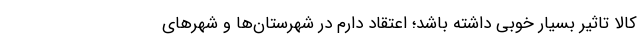
کالا تاثیر بسیار خوبی داشته باشد؛ اعتقاد دارم در شهرستان‌ها و شهرهای